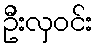
ဦးလှဝင်း